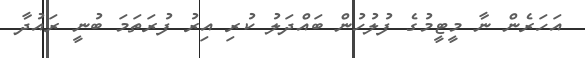
އަހަރެން ނާ މީޓީމުގެ ފުލުހުން ބައްދަލު ކުރި އިރު ފުރަތަމަ ބުނީ ރައުދާ